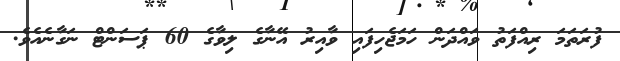
ފުރަތަމަ ރިއްފަތު ވައްދަން ހަމަޖެހިފައި ވާއިރު އޭނާގެ ލިވާގެ 60 ޕަސަންޓް ނަގާނެއެވެ.